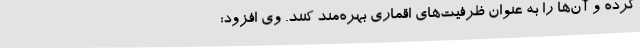
کرده و آن‌ها را به عنوان ظرفیت‌های اقماری بهره‌مند کنند. وی افزود: